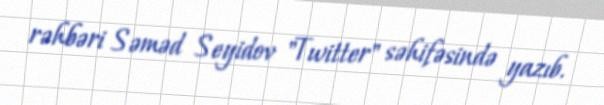
rəhbəri Səməd Seyidov "Twitter" səhifəsində yazıb.